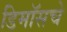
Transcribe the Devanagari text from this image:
डिमॉसचे